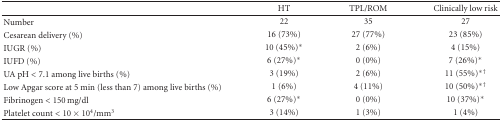
<table><thead><tr><td></td><td><b>HT</b></td><td><b>TPL/ROM</b></td><td><b>Clinically low risk</b></td></tr></thead><tbody><tr><td>Number</td><td>22</td><td>35</td><td>27</td></tr><tr><td>Cesarean delivery (%)</td><td>16 (73%)</td><td>27 (77%)</td><td>23 (85%)</td></tr><tr><td>IUGR (%)</td><td>10 (45%)*</td><td>2 (6%)</td><td>4 (15%)</td></tr><tr><td>IUFD (%)</td><td>6 (27%)*</td><td>0 (0%)</td><td>7 (26%)*</td></tr><tr><td>UA pH &lt; 7.1 among live births (%)</td><td>3 (19%)</td><td>2 (6%)</td><td>11 (55%)<sup>∗†</sup></td></tr><tr><td>Low Apgar score at 5 min (less than 7) among live births (%)</td><td>1 (6%)</td><td>4 (11%)</td><td>10 (50%)<sup>∗†</sup></td></tr><tr><td>Fibrinogen &lt; 150 mg/dl</td><td>6 (27%)*</td><td>0 (0%)</td><td>10 (37%)*</td></tr><tr><td>Platelet count &lt; 10 × 10<sup>4</sup>/mm<sup>3</sup></td><td>3 (14%)</td><td>1 (3%)</td><td>1 (4%)</td></tr></tbody></table>